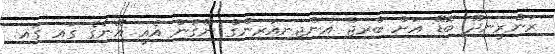
ރަންރީނދޫ ބޮޑޭ އަށް ބްރިޖް އިންޖިނިއަރިންގް ނޭގުން އެއީ އޭނާގެ ގައި ގައި